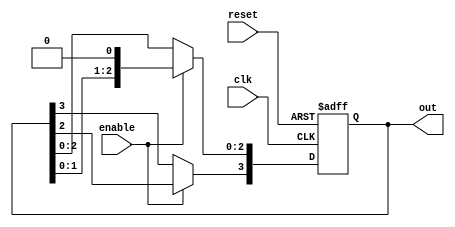
module RingCounterWithEnable (
    input clk,
    input reset,
    input enable,
    output reg [N-1:0] out
);

parameter N = 4; // Number of stages in the ring counter

always @(posedge clk or posedge reset) begin
    if (reset) begin
        out <= 0;
    end else if (enable) begin
        out <= out << 1;
        out[N-1] <= out[N-2];
    end
end

endmodule